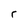
Character: r